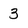
Character: 3